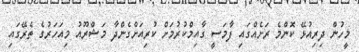
މީހުން ދިރިއުޅޭ ކޮންމެ ރަށެއްގައި ފާމަސީ ގާއިމްކުރުމަށް ކުރިއަށްގެންދާ މަޝްރޫއު މިއަހަރުގެ ތެރޭގައި